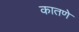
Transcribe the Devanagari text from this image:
कातणे